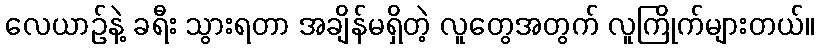
လေယာဉ်နဲ့ ခရီး သွားရတာ အချိန်မရှိတဲ့ လူတွေအတွက် လူကြိုက်များတယ်။